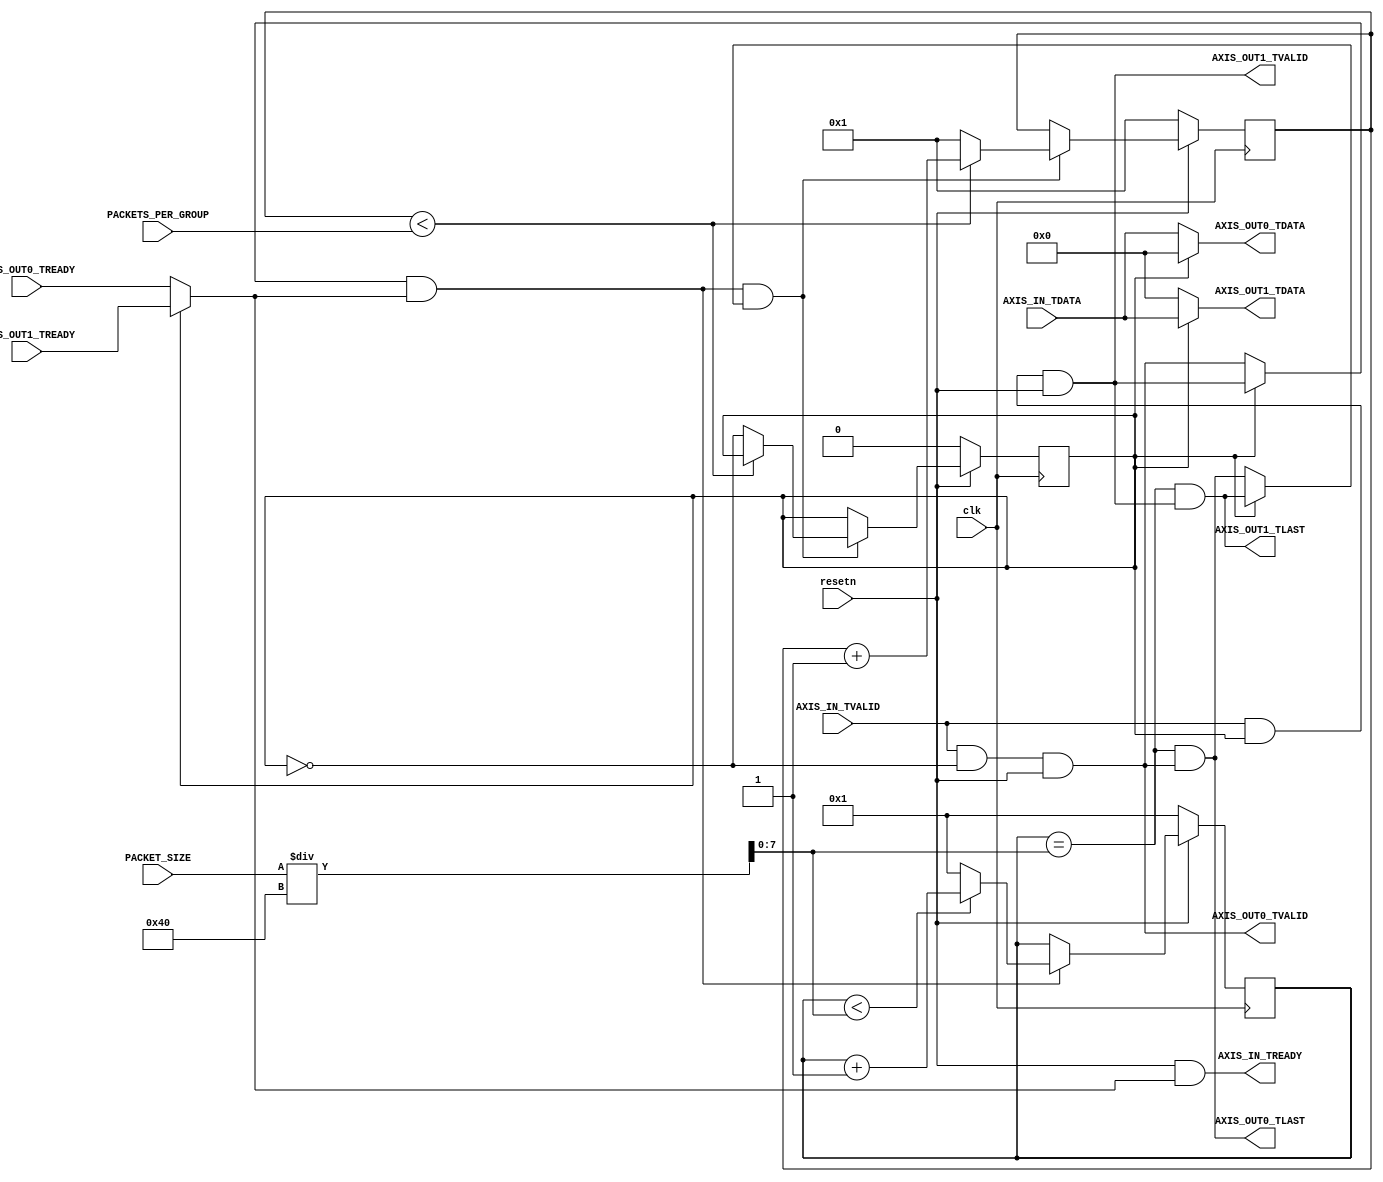
//=============================================================================
//                     ------->  Revision History  <------
//=============================================================================
//
//   Date     Who   Ver  Changes
//=============================================================================
// 15-Feb-24  DWW     1  Initial creation
//
// 08-Feb-24  DWW     2  TVALID and TREADY signals now deassert while resetn
//                       is asserted
//=============================================================================

/*
    The packetizes an incoming data-stream, and writes groups of packets to the
    output streams in a ping-pong fashion
*/


module ping_ponger
(
    input clk, resetn,

    //=========================================================================
    // Input stream of frame data
    //=========================================================================
    input[511:0]   AXIS_IN_TDATA,
    input          AXIS_IN_TVALID,
    output         AXIS_IN_TREADY,
    //=========================================================================

    //=========================================================================
    // Two output data streams to carry frame data
    //=========================================================================
    output[511:0]   AXIS_OUT0_TDATA,    AXIS_OUT1_TDATA,
    output          AXIS_OUT0_TLAST,    AXIS_OUT1_TLAST,
    output          AXIS_OUT0_TVALID,   AXIS_OUT1_TVALID,
    input           AXIS_OUT0_TREADY,   AXIS_OUT1_TREADY,
    //=========================================================================

    // The outgoing packet size, in bytes
    input [15:0] PACKET_SIZE,

    // The number of packets in a ping-pong group
    input [31:0] PACKETS_PER_GROUP
);  


// Number of data-cycles that comprise an outgoing packet
wire[7:0] cycles_per_packet = PACKET_SIZE / 64;

// The current data-cycle number being output.  Runs from 1 to "cycles_per_packet"
reg[7:0] data_cycle_count;

// This is asserted on the last clock cycle of every outgoing packet
wire last_cycle = (data_cycle_count == cycles_per_packet);

// This selects which output stream we're writing to
reg output_select;

// The output TDATA is driven directly from the input stream
assign AXIS_OUT0_TDATA = (output_select == 0) ? AXIS_IN_TDATA : 0;
assign AXIS_OUT1_TDATA = (output_select == 1) ? AXIS_IN_TDATA : 0;

// The output TVALID is driven by the input TVALID, gated by "output_select"
assign AXIS_OUT0_TVALID = AXIS_IN_TVALID & (output_select == 0) & (resetn == 1);
assign AXIS_OUT1_TVALID = AXIS_IN_TVALID & (output_select == 1) & (resetn == 1);

// The output TLAST signals are asserted on the last cycle of every packet
assign AXIS_OUT0_TLAST = last_cycle & AXIS_OUT0_TVALID;
assign AXIS_OUT1_TLAST = last_cycle & AXIS_OUT1_TVALID;

// The TREADY signal on the input stream is driven by one of the output streams
assign AXIS_IN_TREADY = (resetn == 1) & ((output_select == 0) ? AXIS_OUT0_TREADY : AXIS_OUT1_TREADY);

// Create some convenient shortcuts to the output TVALID, TLAST, and TREADY
wire axis_out_tvalid = (output_select == 0) ? AXIS_OUT0_TVALID : AXIS_OUT1_TVALID;
wire axis_out_tlast  = (output_select == 0) ? AXIS_OUT0_TLAST  : AXIS_OUT1_TLAST;
wire axis_out_tready = (output_select == 0) ? AXIS_OUT0_TREADY : AXIS_OUT1_TREADY;

//=============================================================================
// This block watches for the handshake on the last data-cycle of outgoing
// packets.  Every "PACKETS_PER_GROUP" packets, it switches the "output_select"
// register from 0 to 1 (or vice-versa)
//=============================================================================
reg[15:0] packet_counter;
//-----------------------------------------------------------------------------
always @(posedge clk) begin
    if (resetn == 0) begin
        packet_counter <= 1;
        output_select  <= 0;
    end
    
    else if (axis_out_tvalid & axis_out_tready & axis_out_tlast) begin
        if (packet_counter < PACKETS_PER_GROUP)
            packet_counter <= packet_counter + 1;
        else begin
            packet_counter <= 1;
            output_select  <= ~output_select;
        end
    end

end
//=============================================================================


//=============================================================================
// This block counts data-cycles on the output stream to ensure that TLAST
// is asserted on the last data-cycle of every outgoing packet
//=============================================================================
always @(posedge clk) begin

    // If we're in reset, clear the data-cycle count to 1
    if (resetn == 0) begin
        data_cycle_count <= 1;
    
    // Otherwise, we're not in reset, so...
    end else begin

        // If a data-cycle was just transferred from input to output,
        // count the number of data-cycles that have gone out in this
        // packet
        if (axis_out_tvalid & axis_out_tready) begin
            if (data_cycle_count < cycles_per_packet)            
                data_cycle_count <= data_cycle_count + 1;
            else
                data_cycle_count <= 1;
        end
    end
end
//=============================================================================


endmodule